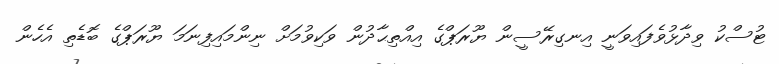
ޓުސްކު ވިދާޅުވެފައިވަނީ އިނގިރޭސީން ޔޫރަޕްގެ އިއްތިޙާދުން ވަކިވުމަށް ނިންމައިފިނަމަ ޔޫރަޕްގެ ބޮޑެތި އެހެން